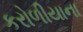
કરોળીયાના